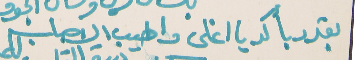
بقدر بأكد يا اغلى واطيب الاحباب